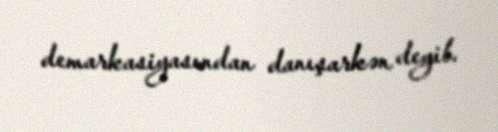
demarkasiyasından danışarkən deyib.